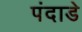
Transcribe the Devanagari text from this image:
पंदाडे